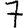
Digit: 7